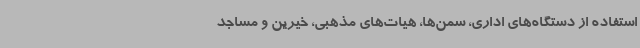
استفاده از دستگاه‌های اداری، سمن‌ها، هیات‌های مذهبی، خیرین و مساجد